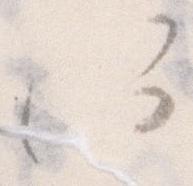
何